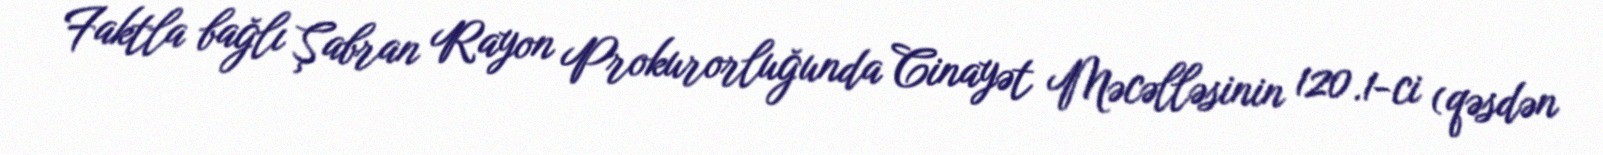
Faktla bağlı Şabran Rayon Prokurorluğunda Cinayət Məcəlləsinin 120.1-ci (qəsdən